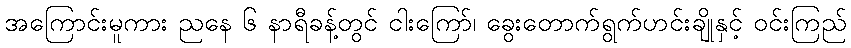
အကြောင်းမူကား ညနေ ၆ နာရီခန့်တွင် ငါးကြော်၊ ခွေးတောက်ရွက်ဟင်းချိုနှင့် ဝင်းကြည်